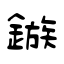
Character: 鏃